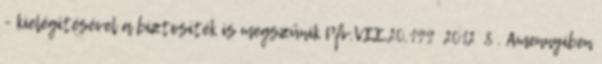
- kielégítésével a biztosíték is megszűnik Pfv.VII.20.199 2012 8 . Amennyiben